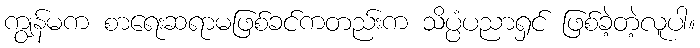
ကျွန်မက စာရေးဆရာမဖြစ်ခင်ကတည်းက သိပ္ပံပညာရှင် ဖြစ်ခဲ့တဲ့လူပါ။